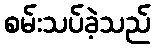
စမ်းသပ်ခဲ့သည်